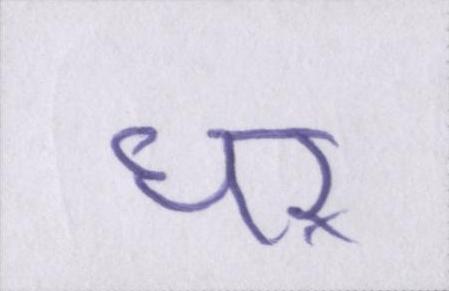
घऱ